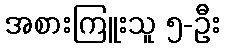
အစားကြူးသူ ၅-ဦး